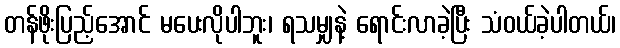
တန်ဖိုးပြည့်အောင် မပေးလိုပါဘူး၊ ရသမျှနဲ့ ရောင်းလာခဲ့ပြီး သံဝယ်ခဲ့ပါတယ်၊